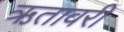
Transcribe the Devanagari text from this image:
ऋतावरी